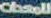
للمحطات